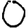
Digit: 0